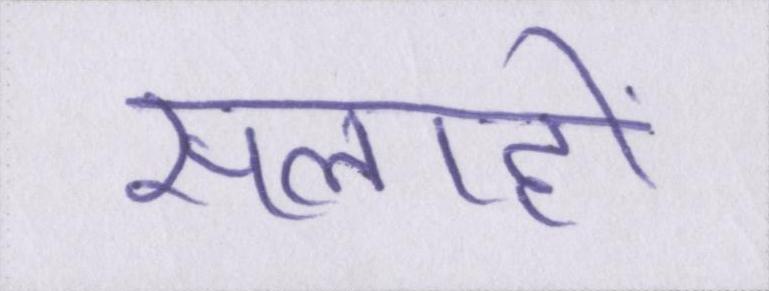
सलाहों